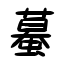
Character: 蟇